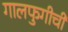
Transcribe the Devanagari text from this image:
गालफुगीची